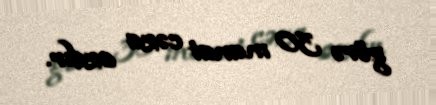
görə 30 manat cəza azdır.